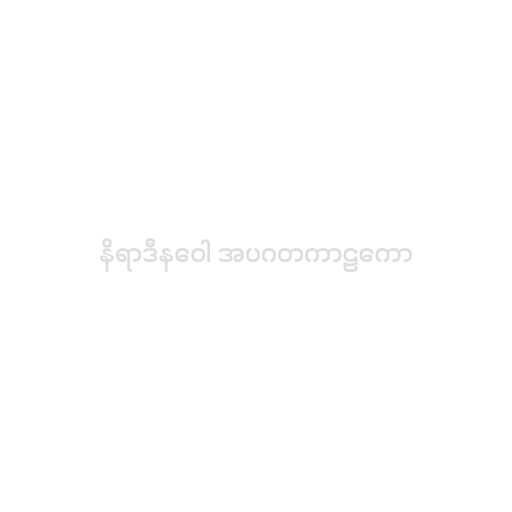
နိရာဒီနဝေါ အပဂတကာဠကော